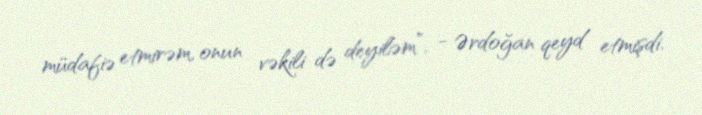
müdafiə etmirəm, onun vəkili də deyiləm”, - Ərdoğan qeyd etmişdi.